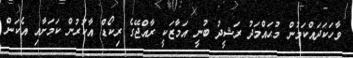
ވާހަކަދައްކަމުން މުޙައްމަދު ރަޝީދު ބުނީ އަމާޒަކީ ރާއްޖޭގެ ރިކޯޑް އާކުރުން ކަމަށާއި އެކަން